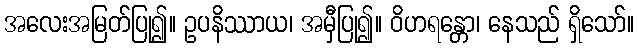
အလေးအမြတ်ပြု၍။ ဥပနိဿာယ၊ အမှီပြု၍။ ဝိဟရန္တော၊ နေသည် ရှိသော်။